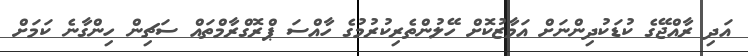
އަދި ރާއްޖޭގެ ކުޑަކުދިންނަށް އަމާޒުކޮށް ހޭލުންތެރިކުރުމުގެ ހާއްސަ ޕްރޮގްރާމްތައް ސަޗިން ހިންގާނެ ކަމަށް